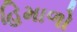
હિમાળો